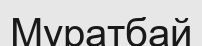
Муратбай